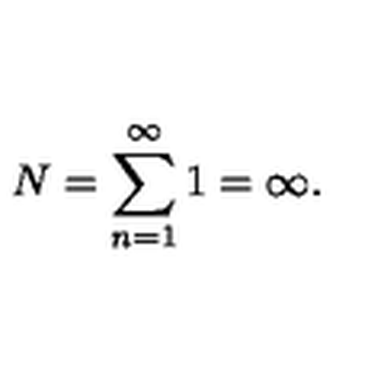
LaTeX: N = \sum _ { n = 1 } ^ { \infty } 1 = \infty { . }